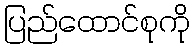
ပြည်ထောင်စုကို